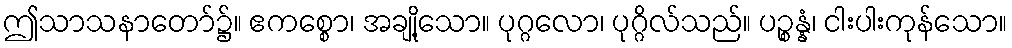
ဤသာသနာတော်၌။ ဧကစ္စော၊ အချို့သော။ ပုဂ္ဂလော၊ ပုဂ္ဂိလ်သည်။ ပဉ္စန္နံ၊ ငါးပါးကုန်သော။